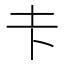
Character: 𪢱